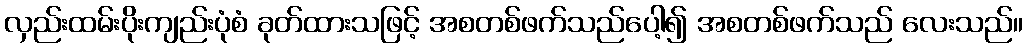
လှည်းထမ်းပိုးကျည်းပုံစံ ခုတ်ထားသဖြင့် အစတစ်ဖက်သည်ပေါ့၍ အစတစ်ဖက်သည် လေးသည်။